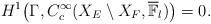
LaTeX: \begin{align*}H^1\big(\Gamma,C_c^\infty(X_E \setminus X_F,\mathbb{\overline{F}}_l)\big) = 0.\end{align*}